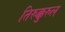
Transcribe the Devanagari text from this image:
तिरुक्कुरुल